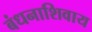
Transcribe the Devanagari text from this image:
बंधनाशिवाय